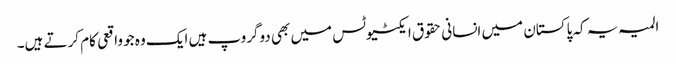
المیہ یہ کہ پاکستان میں انسانی حقوق ایکٹیوٹس میں بھی دوگروپ ہیں ایک وہ جو واقعی کام کرتے ہیں۔